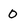
Character: O